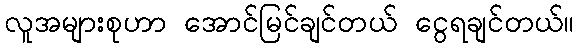
လူအများစုဟာ အောင်မြင်ချင်တယ် ငွေရချင်တယ်။